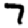
Digit: 7